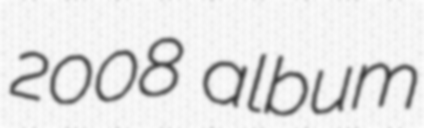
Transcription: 2008 album